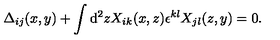
\Delta _ { i j } ( x , y ) + \int \mathrm { d } ^ { 2 } z X _ { i k } ( x , z ) \epsilon ^ { k l } X _ { j l } ( z , y ) = 0 .